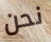
نحن